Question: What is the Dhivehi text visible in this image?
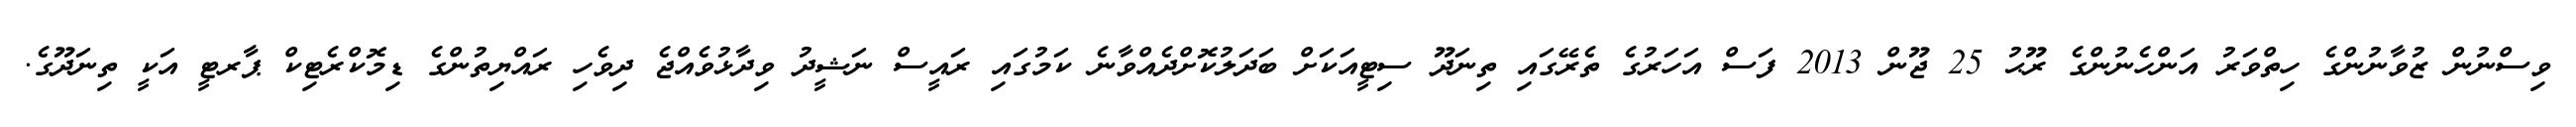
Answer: ވިސްނުން ޒުވާނުންގެ ހިތްވަރު އަންހެނުންގެ ރޫޙު 25 ޖޫން 2013 ފަސް އަހަރުގެ ތެރޭގައި ތިނަދޫ ސިޓީއަކަށް ބަދަލުކޮށްދެއްވާނެ ކަމުގައި ރައީސް ނަޝީދު ވިދާޅުވެއްޖެ ދިވެހި ރައްޔިތުންގެ ޑިމޮކްރެޓިކް ޕާރޓީ އަކީ ތިނަދޫގެ.